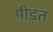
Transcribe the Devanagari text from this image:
पीड़त